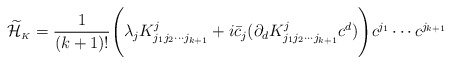
\begin{align*}\displaystyle\widetilde{\cal H}_{\scriptscriptstyle K}=\frac{1}{(k+1)!}\Biggl(\lambda_jK^j_{j_1j_2\cdots j_{k+1}}+i\bar{c}_j(\partial_dK^{j}_{j_1j_2\cdots j_{k+1}}c^d)\Biggr)c^{j_1}\cdots c^{j_{k+1}}\end{align*}